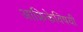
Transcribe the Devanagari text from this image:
आफ्रिकेविषयी